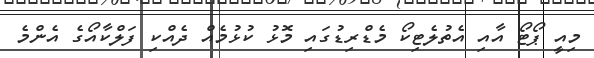
މިއީ ޕޯޓޯ އާއި އެތުލެޓިކޯ މެޑްރިޑުގައި މޮޅު ކުޅުމެއް ދެއްކި ފަލްކާއޯގެ އެންމެ